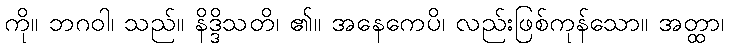
ကို။ ဘဂဝါ၊ သည်။ နိဒ္ဒိသတိ၊ ၏။ အနေကေပိ၊ လည်းဖြစ်ကုန်သော။ အတ္ထာ၊